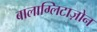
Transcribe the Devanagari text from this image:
बालाग्लिटाज़ोन